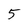
Character: 5